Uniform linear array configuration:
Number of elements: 24
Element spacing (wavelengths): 0.5
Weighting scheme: blackman
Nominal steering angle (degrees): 0
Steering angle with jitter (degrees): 0.09281
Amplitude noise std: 0.05
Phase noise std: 0.05

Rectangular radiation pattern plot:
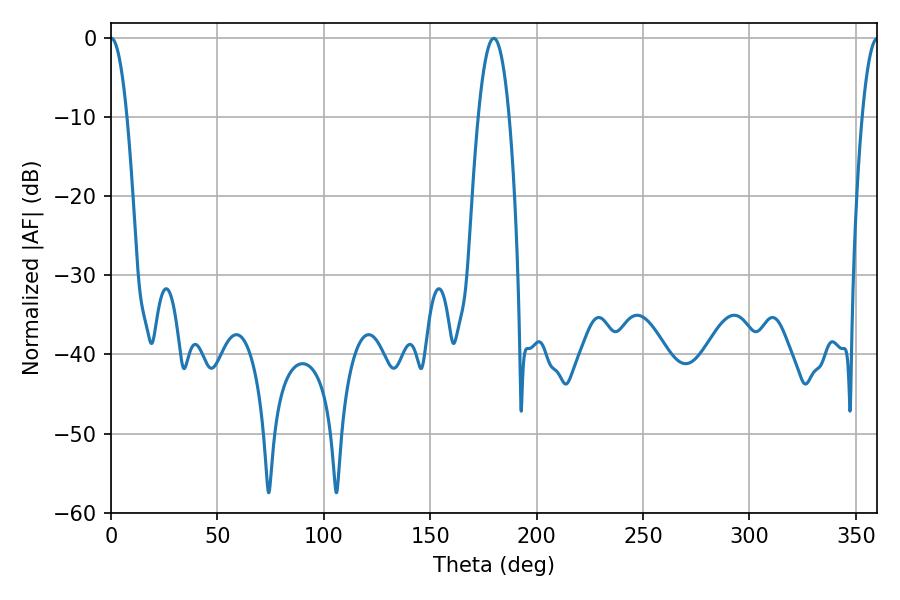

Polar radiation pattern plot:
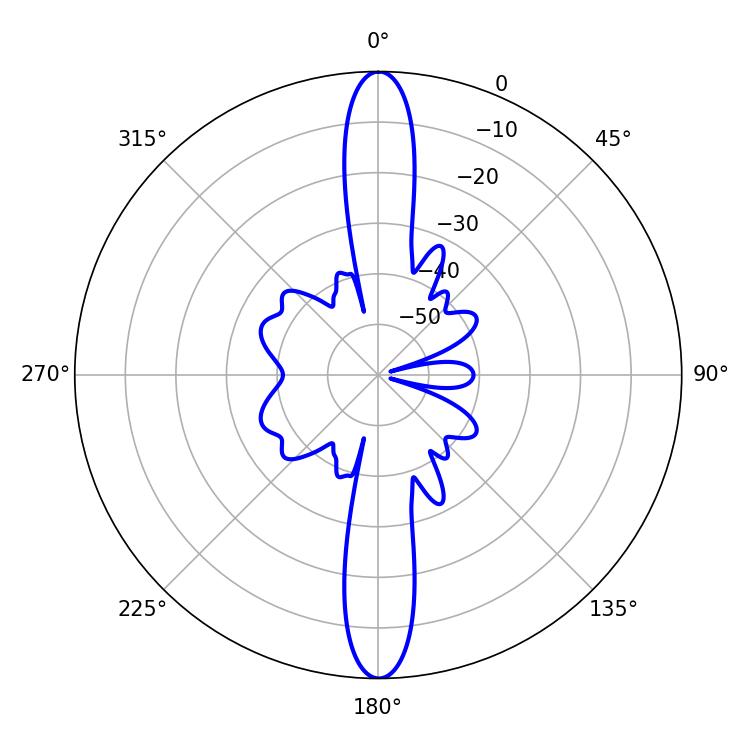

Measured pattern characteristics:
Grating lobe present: FALSE
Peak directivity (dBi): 33.625
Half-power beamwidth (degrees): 7.92
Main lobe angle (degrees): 179.82